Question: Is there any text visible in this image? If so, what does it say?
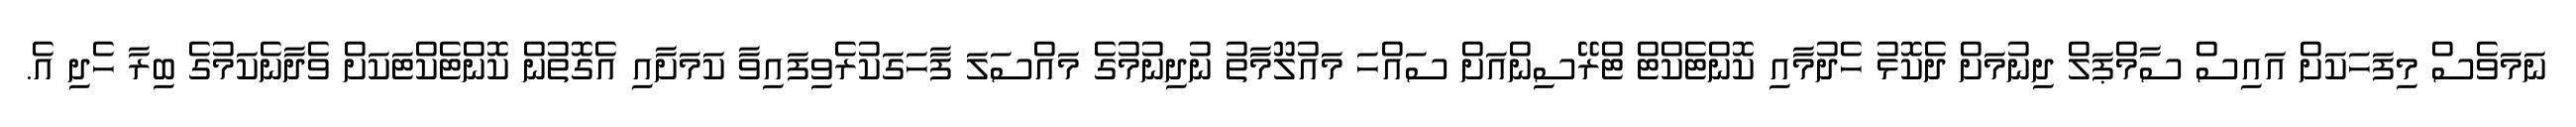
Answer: ނަމަވެސް މިފަހަކަށް އައިސް ސާމްޕަލް ދިނުމަށް ދެކޮޅު ހެދުމާއި ކޮންޓެކްޓް ޓްރޭސިންއަށް ސައްހަ މައުލޫމާތު ނުދިނުމުގެ މައްސަލަ ފާހަގަކުރެވިފައިވާ ކަމަށާއި އެގޮތުން ކޮންޓެކްޓަކަށް ވެދާނެކަމުގެ ބިރާ ހެދި އެ.